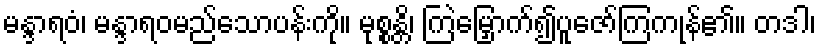
မန္ဒာရဝံ၊ မန္ဒာရဝမည်သောပန်းကို။ မုစ္စန္တိ၊ ကြဲမြှောက်၍ပူဇော်ကြကုန်၏။ တဒါ၊